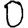
Digit: 0